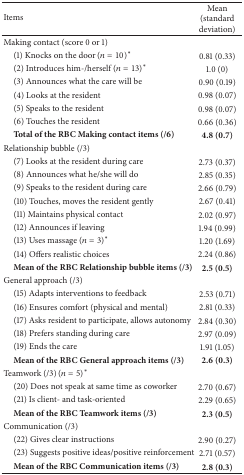
| Items | Mean (standard deviation) |
 | --- | --- |
 | Making contact (score 0 or 1) |  |
 | (1) Knocks on the door (n = 10)* | 0.81 (0.33) |
 | (2) Introduces him-/herself (n = 13)* | 1.0 (0) |
 | (3) Announces what the care will be | 0.90 (0.19) |
 | (4) Looks at the resident | 0.98 (0.07) |
 | (5) Speaks to the resident | 0.98 (0.07) |
 | (6) Touches the resident | 0.66 (0.36) |
 | Total of the RBC Making contact items (/6) | 4.8 (0.7) |
 | Relationship bubble (/3) |  |
 | (7) Looks at the resident during care | 2.73 (0.37) |
 | (8) Announces what he/she will do | 2.85 (0.35) |
 | (9) Speaks to the resident during care | 2.66 (0.79) |
 | (10) Touches, moves the resident gently | 2.67 (0.41) |
 | (11) Maintains physical contact | 2.02 (0.97) |
 | (12) Announces if leaving | 1.94 (0.99) |
 | (13) Uses massage (n = 3)* | 1.20 (1.69) |
 | (14) Offers realistic choices | 2.24 (0.86) |
 | Mean of the RBC Relationship bubble items (/3) | 2.5 (0.5) |
 | General approach (/3) |  |
 | (15) Adapts interventions to feedback | 2.53 (0.71) |
 | (16) Ensures comfort (physical and mental) | 2.81 (0.33) |
 | (17) Asks resident to participate, allows autonomy | 2.84 (0.30) |
 | (18) Prefers standing during care | 2.97 (0.09) |
 | (19) Ends the care | 1.91 (1.05) |
 | Mean of the RBC General approach items (/3) | 2.6 (0.3) |
 | Teamwork (/3) (n = 5)* |  |
 | (20) Does not speak at same time as coworker | 2.70 (0.67) |
 | (21) Is client- and task-oriented | 2.29 (0.65) |
 | Mean of the RBC Teamwork items (/3) | 2.3 (0.5) |
 | Communication (/3) |  |
 | (22) Gives clear instructions | 2.90 (0.27) |
 | (23) Suggests positive ideas/positive reinforcement | 2.71 (0.57) |
 | Mean of the RBC Communication items (/3) | 2.8 (0.3) |